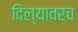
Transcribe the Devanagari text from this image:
दिल्यावरच